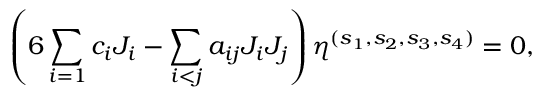
\left( 6 \sum _ { i = 1 } c _ { i } J _ { i } - \sum _ { i < j } a _ { i j } J _ { i } J _ { j } \right) \eta ^ { ( s _ { 1 } , s _ { 2 } , s _ { 3 } , s _ { 4 } ) } = 0 ,